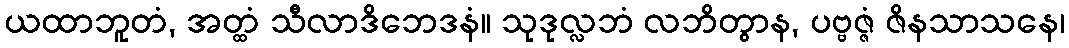
ယထာဘူတံ, အတ္ထံ သီလာဒိဘေဒနံ။ သုဒုလ္လဘံ လဘိတွာန, ပဗ္ဗဇ္ဇံ ဇိနသာသနေ၊